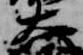
大